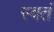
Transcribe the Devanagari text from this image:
स्वतं